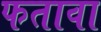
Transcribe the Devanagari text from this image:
फतावा